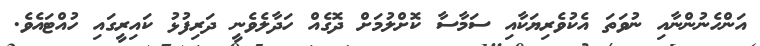
އަންހެނުންނާއި ނުވަތަ އެކުވެރިޔަކާއި ސަމާސާ ކޮށްލުމަށް ދޮގެއް ހަދާލެވެނީ ދަރިފުޅު ކައިރީގައި ހުއްޓައެވެ.